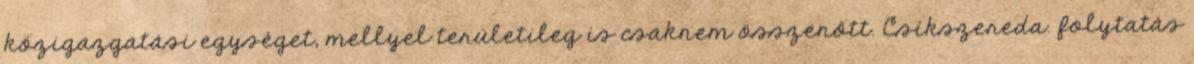
közigazgatási egységet, mellyel területileg is csaknem összenőtt. Csíkszereda. folytatás